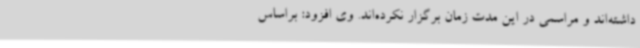
داشته‌اند و مراسمی در این مدت زمان برگزار نکرده‌اند. وی افزود: براساس